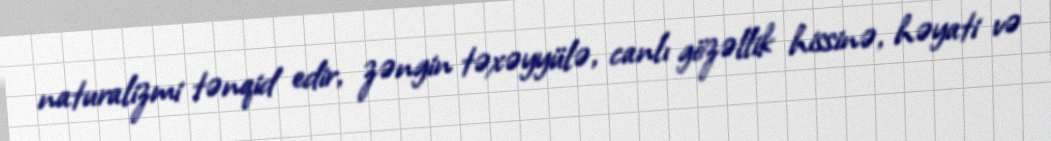
naturalizmi tənqid edir, zəngin təxəyyülə, canlı gözəllik hissinə, həyati və